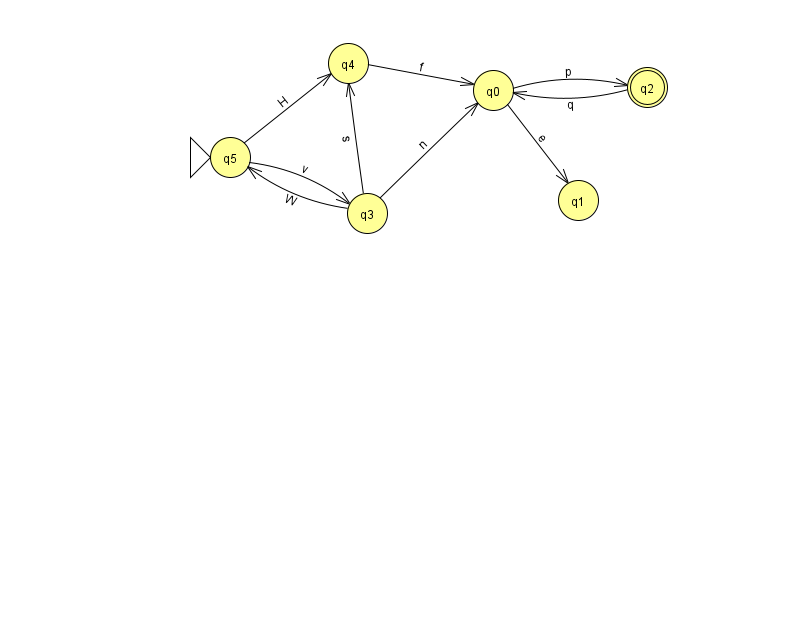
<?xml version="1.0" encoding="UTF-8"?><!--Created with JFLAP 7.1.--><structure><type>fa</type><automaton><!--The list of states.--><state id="0" name="q0"><x>493.0</x><y>77.0</y></state><state id="1" name="q1"><x>578.0</x><y>187.0</y></state><state id="2" name="q2"><x>647.0</x><y>74.0</y><final/></state><state id="3" name="q3"><x>367.0</x><y>200.0</y></state><state id="4" name="q4"><x>348.0</x><y>50.0</y></state><state id="5" name="q5"><x>230.0</x><y>144.0</y><initial/></state><!--The list of transitions.--><transition><from>0</from><to>1</to><read>e</read></transition><transition><from>0</from><to>2</to><read>p</read></transition><transition><from>3</from><to>4</to><read>s</read></transition><transition><from>3</from><to>5</to><read>W</read></transition><transition><from>4</from><to>0</to><read>f</read></transition><transition><from>2</from><to>0</to><read>q</read></transition><transition><from>5</from><to>3</to><read>v</read></transition><transition><from>3</from><to>0</to><read>n</read></transition><transition><from>5</from><to>4</to><read>H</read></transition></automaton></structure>